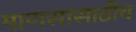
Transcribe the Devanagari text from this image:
माणसासाठीच